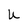
Character: U